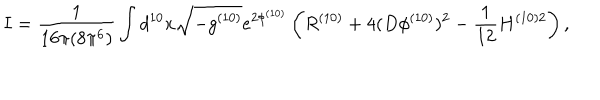
I = \frac { 1 } { 1 6 \pi ( 8 \pi ^ { 6 } ) } \int d ^ { 1 0 } x \sqrt { - g ^ { ( 1 0 ) } } e ^ { 2 \phi ^ { ( 1 0 ) } } \left( R ^ { ( 1 0 ) } + 4 ( D \phi ^ { ( 1 0 ) } ) ^ { 2 } - \frac { 1 } { 1 2 } H ^ { ( 1 0 ) 2 } \right) ,